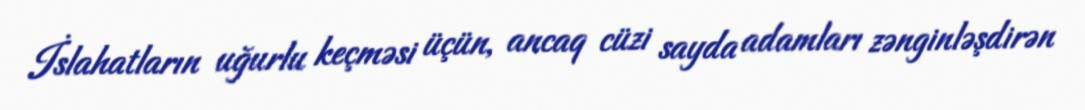
İslahatların uğurlu keçməsi üçün, ancaq cüzi sayda adamları zənginləşdirən